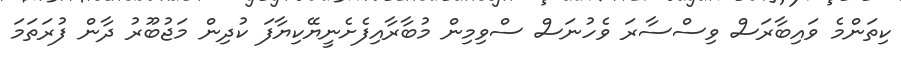
ކިތަންމެ ވައިބާރަސް ވިސްސާރަ ވެހުނަސް ސްވިމިން މުބާރާއިފެށެނީޔޭކިޔާފަ ކުދިން މަޖުބޫރު ދާން ފުރަތަމަ